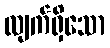
လျက်ရှိသော